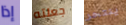
إذا جعلته ينتحر